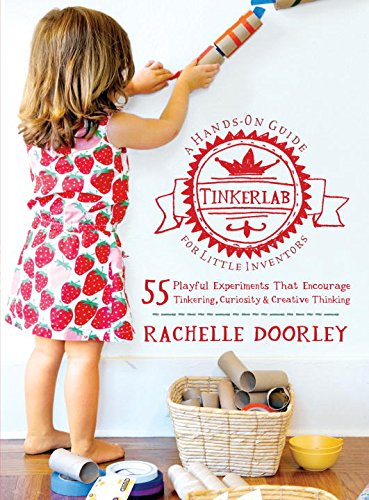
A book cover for Tinkerlab: A Hands-On Guide for Little Inventors; Rachelle Doorley; Crafts, Hobbies & Home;